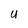
Character: y